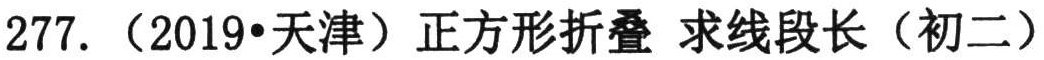
277. （2019•天津）正方形折叠 求线段长（初二）